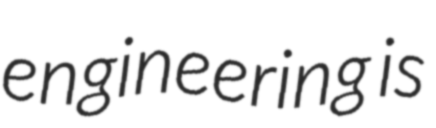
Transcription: engineering is